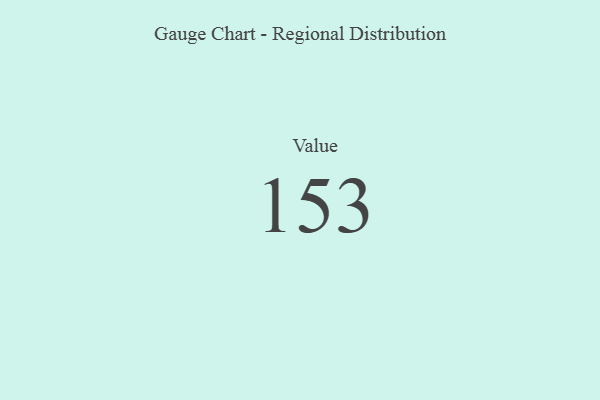
{"axis": {"x": "Metric", "y": "Value"}, "legend": [""], "data": [{"x": "Value", "y": 153, "type": ""}]}